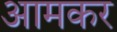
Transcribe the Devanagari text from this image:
आमकर